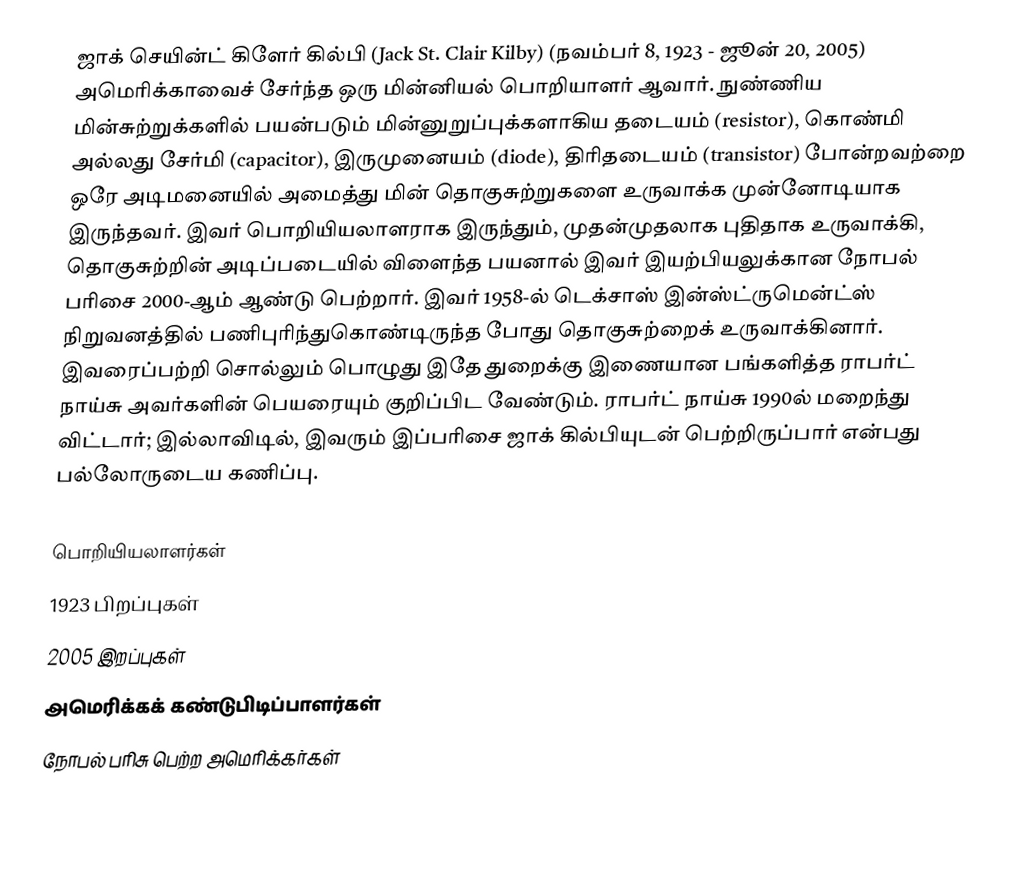
ஜாக் செயின்ட் கிளேர் கில்பி (Jack St. Clair Kilby) (நவம்பர் 8, 1923 - ஜூன் 20, 2005) அமெரிக்காவைச் சேர்ந்த ஒரு மின்னியல் பொறியாளர் ஆவார். நுண்ணிய மின்சுற்றுக்களில் பயன்படும் மின்னுறுப்புக்களாகிய தடையம் (resistor), கொண்மி அல்லது சேர்மி (capacitor), இருமுனையம் (diode), திரிதடையம் (transistor) போன்றவற்றை ஒரே அடிமனையில் அமைத்து மின் தொகுசுற்றுகளை உருவாக்க முன்னோடியாக இருந்தவர். இவர் பொறியியலாளராக இருந்தும், முதன்முதலாக புதிதாக உருவாக்கி, தொகுசுற்றின் அடிப்படையில் விளைந்த பயனால் இவர் இயற்பியலுக்கான நோபல் பரிசை 2000-ஆம் ஆண்டு பெற்றார். இவர் 1958-ல் டெக்சாஸ் இன்ஸ்ட்ருமென்ட்ஸ் நிறுவனத்தில் பணிபுரிந்துகொண்டிருந்த போது தொகுசுற்றைக் உருவாக்கினார். இவரைப்பற்றி சொல்லும் பொழுது இதே துறைக்கு இணையான பங்களித்த ராபர்ட் நாய்சு அவர்களின் பெயரையும் குறிப்பிட வேண்டும். ராபர்ட் நாய்சு 1990ல் மறைந்து விட்டார்; இல்லாவிடில்,  இவரும் இப்பரிசை ஜாக் கில்பியுடன் பெற்றிருப்பார் என்பது பல்லோருடைய கணிப்பு.

பொறியியலாளர்கள்
1923 பிறப்புகள்
2005 இறப்புகள்
அமெரிக்கக் கண்டுபிடிப்பாளர்கள்
நோபல் பரிசு பெற்ற அமெரிக்கர்கள்